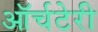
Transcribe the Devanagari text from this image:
ऑर्चटेरी